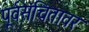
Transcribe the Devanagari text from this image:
पूर्वसंचितावर